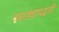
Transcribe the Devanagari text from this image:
व्याख्यापद्धती